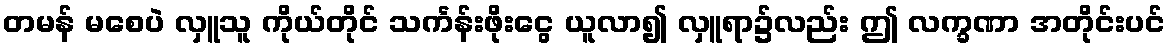
တမန် မစေပဲ လှူသူ ကိုယ်တိုင် သင်္ကန်းဖိုးငွေ ယူလာ၍ လှူရာ၌လည်း ဤ လက္ခဏာ အတိုင်းပင်